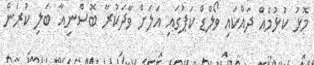
މޮޅު ކުޅުމެއް ދައްކައި ވޯލްޑް ކަޕުގައި އަލަށް ވާދަކުރާ ބޮސްނިއާ ބަލި ކުރަން